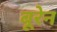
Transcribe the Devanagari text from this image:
बूरेन